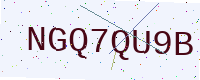
Text: NGQ7QU9B